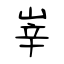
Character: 峷